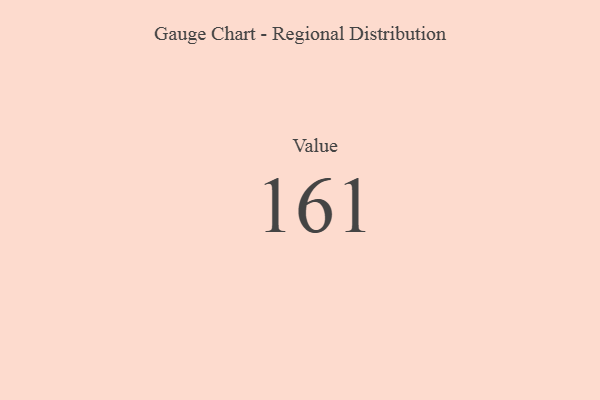
{"axis": {"x": "Metric", "y": "Value"}, "legend": [""], "data": [{"x": "Value", "y": 161, "type": ""}]}